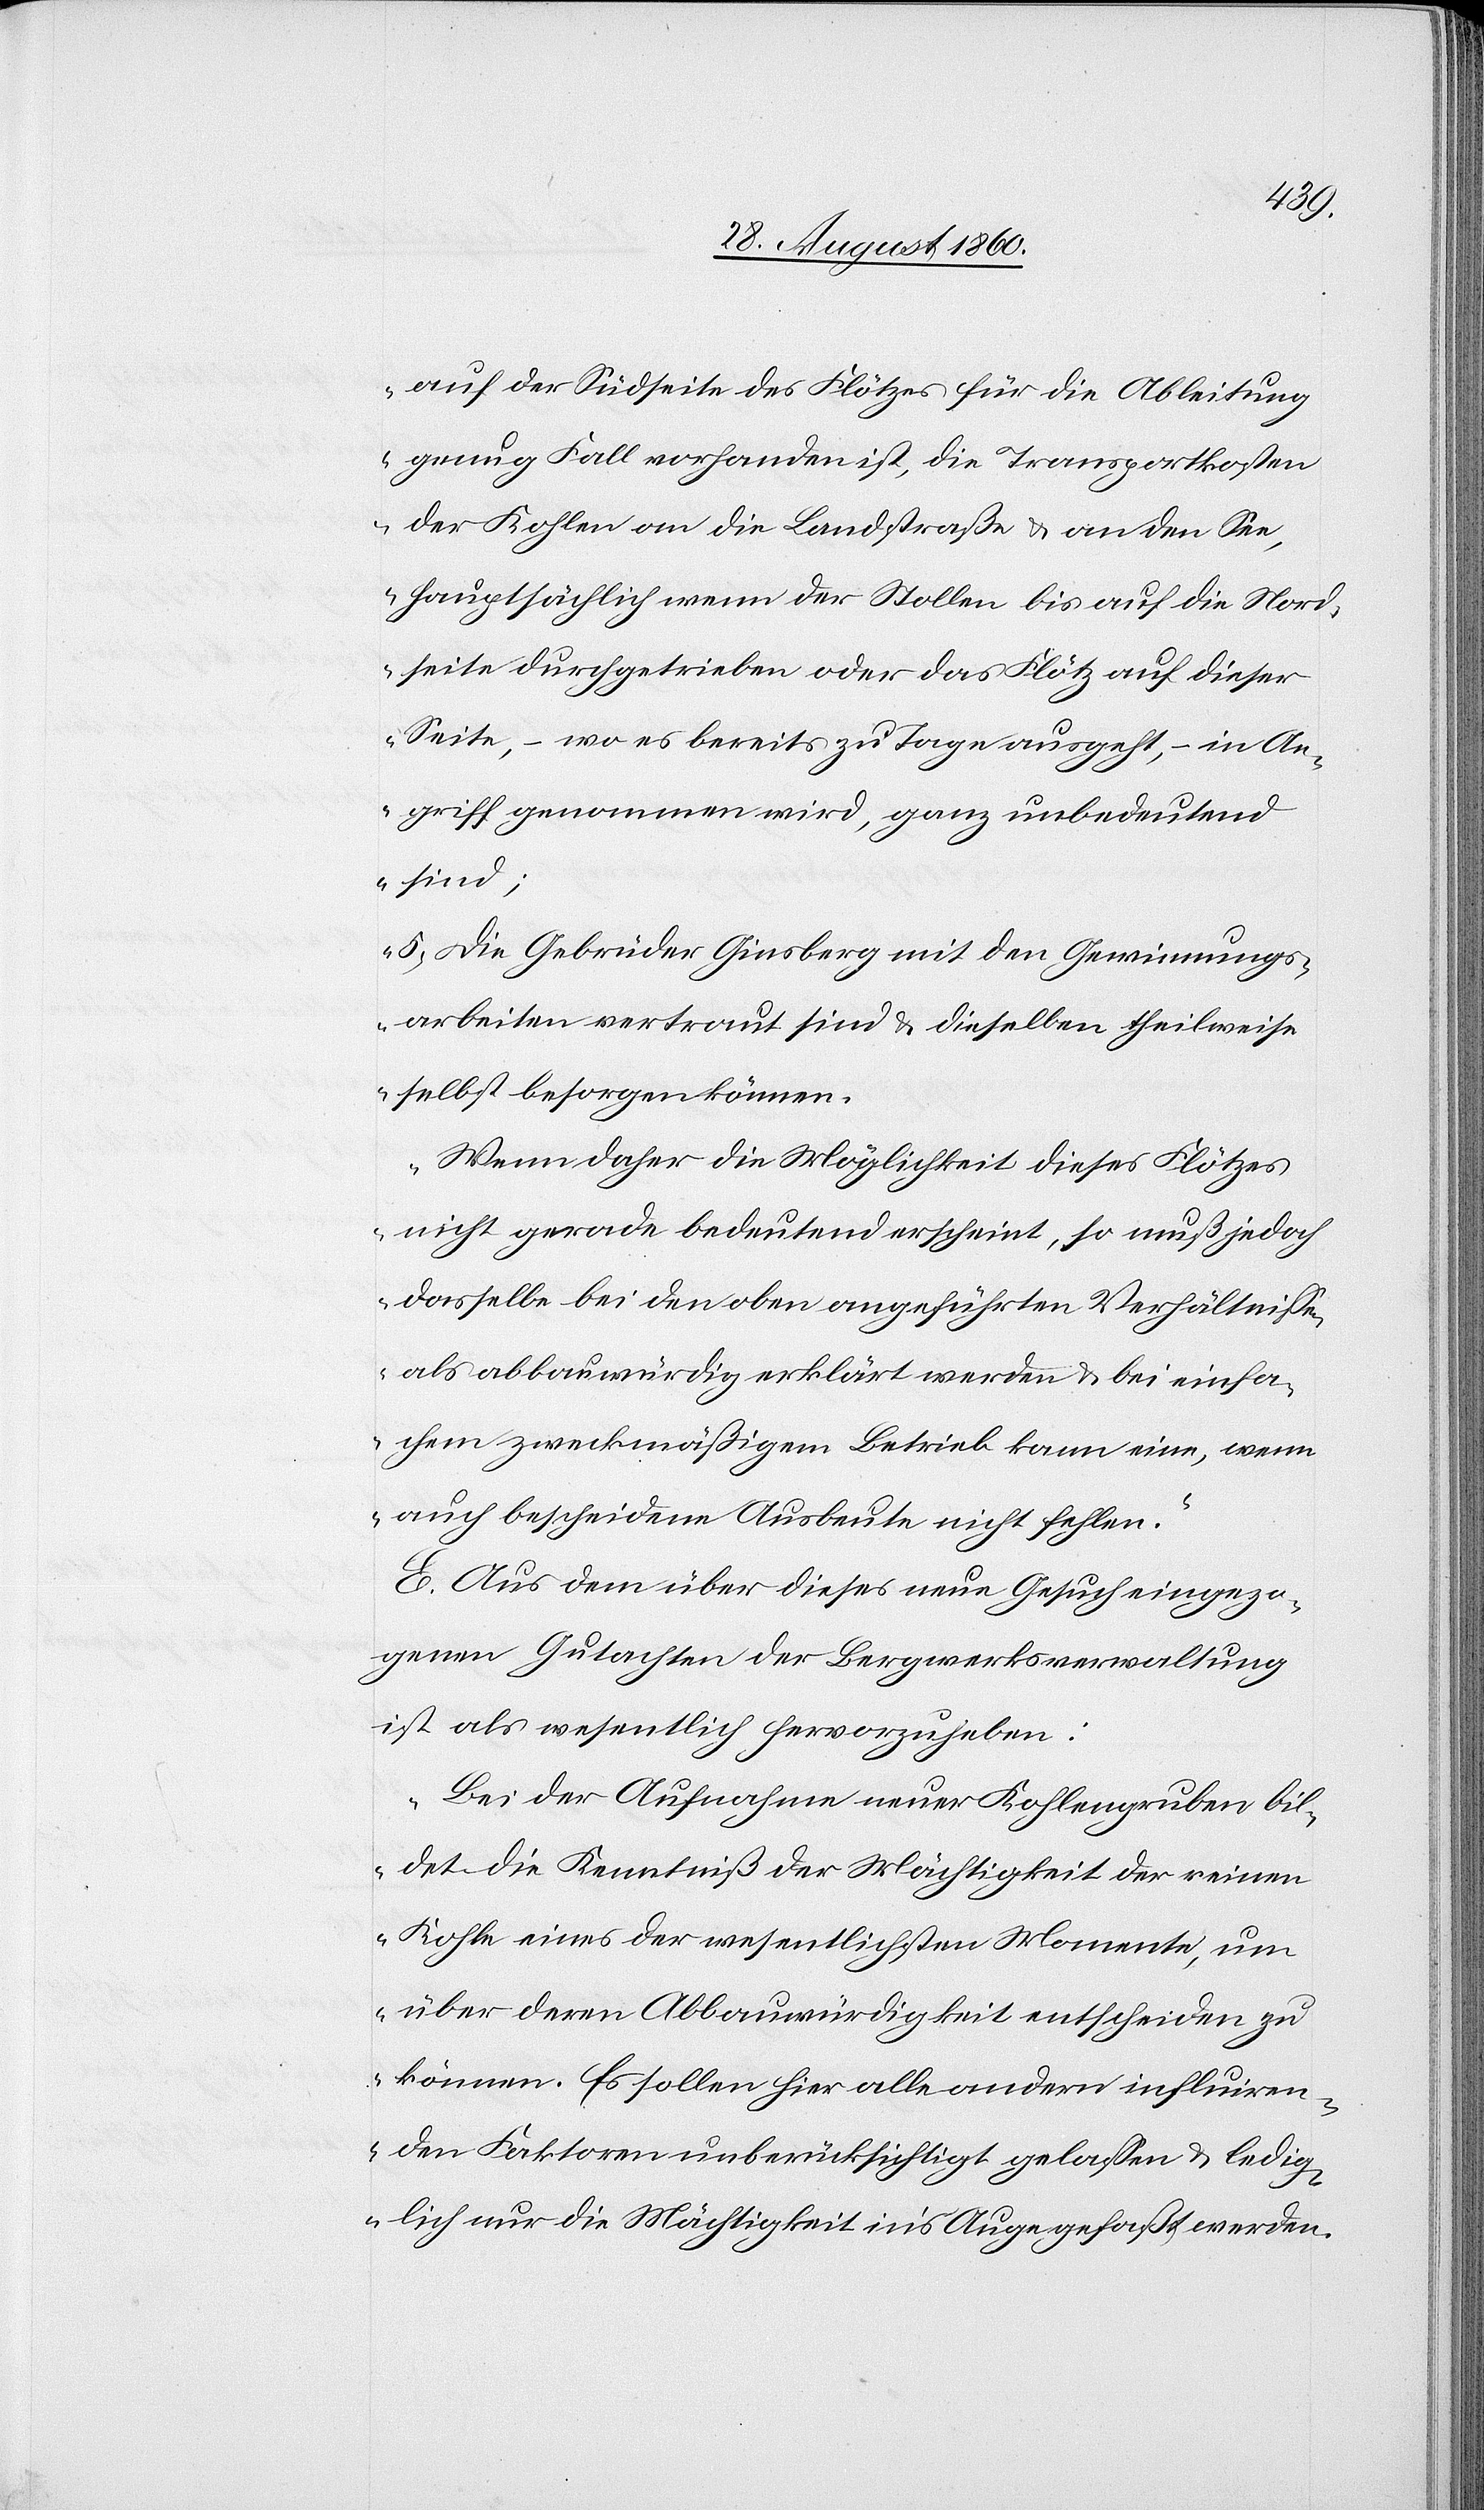
auf der Südseite des Flötzes für die Ableitung
genug Fall vorhanden ist, die Transportkosten
der Kohlen an die Landstrasse u. an den See,
hauptsächlich wenn der Stollen bis auf die Nord¬
seite durchgetrieben oder das Flötz auf dieser
Seite, –wo es bereits zu Tage ausgeht in An¬
griff genommen wird, ganz unbedeutend
sind;
5) Die Gebrüder Ginsberg mit den Gewinnungs¬
arbeiten vertraut sind u. dieselben theilweise
selbst besorgen können.
Wenn daher die Mächtigkeit dieses Flötzes
nicht gerade bedeutend erscheint, so muss jedoch
dasselbe bei den oben angeführten Verhältnissen
als abbauwürdig erklärt werden u. bei einfa¬
chem zweckmässigem Betrieb kann eine, wenn
auch bescheidene Ausbeute nicht fehlen.“
E. Aus dem über dieses neue Gesuch eingezo¬
genen Gutachten der Bergwerksverwaltung
ist als wesentlich hervorzuheben:
„Bei der Aufnahme neuer Kohlengruben bil¬
det die Kenntniss der Mächtigkeit der reinen
Kohle eines der wesentlichsten Momente, um
über deren Abbauwürdigkeit entscheiden zu
können. Es sollen hier alle andern influiren¬
den Faktoren unberücksichtigt gelassen u. ledig¬
lich nur, die Mächtigkeit ins Auge gefasst werden.